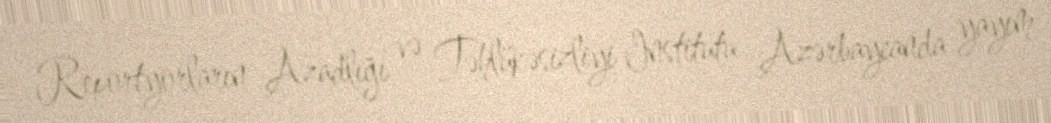
Reportyorların Azadlığı və Təhlükəsizliyi Institutu Azərbaycanda yayım